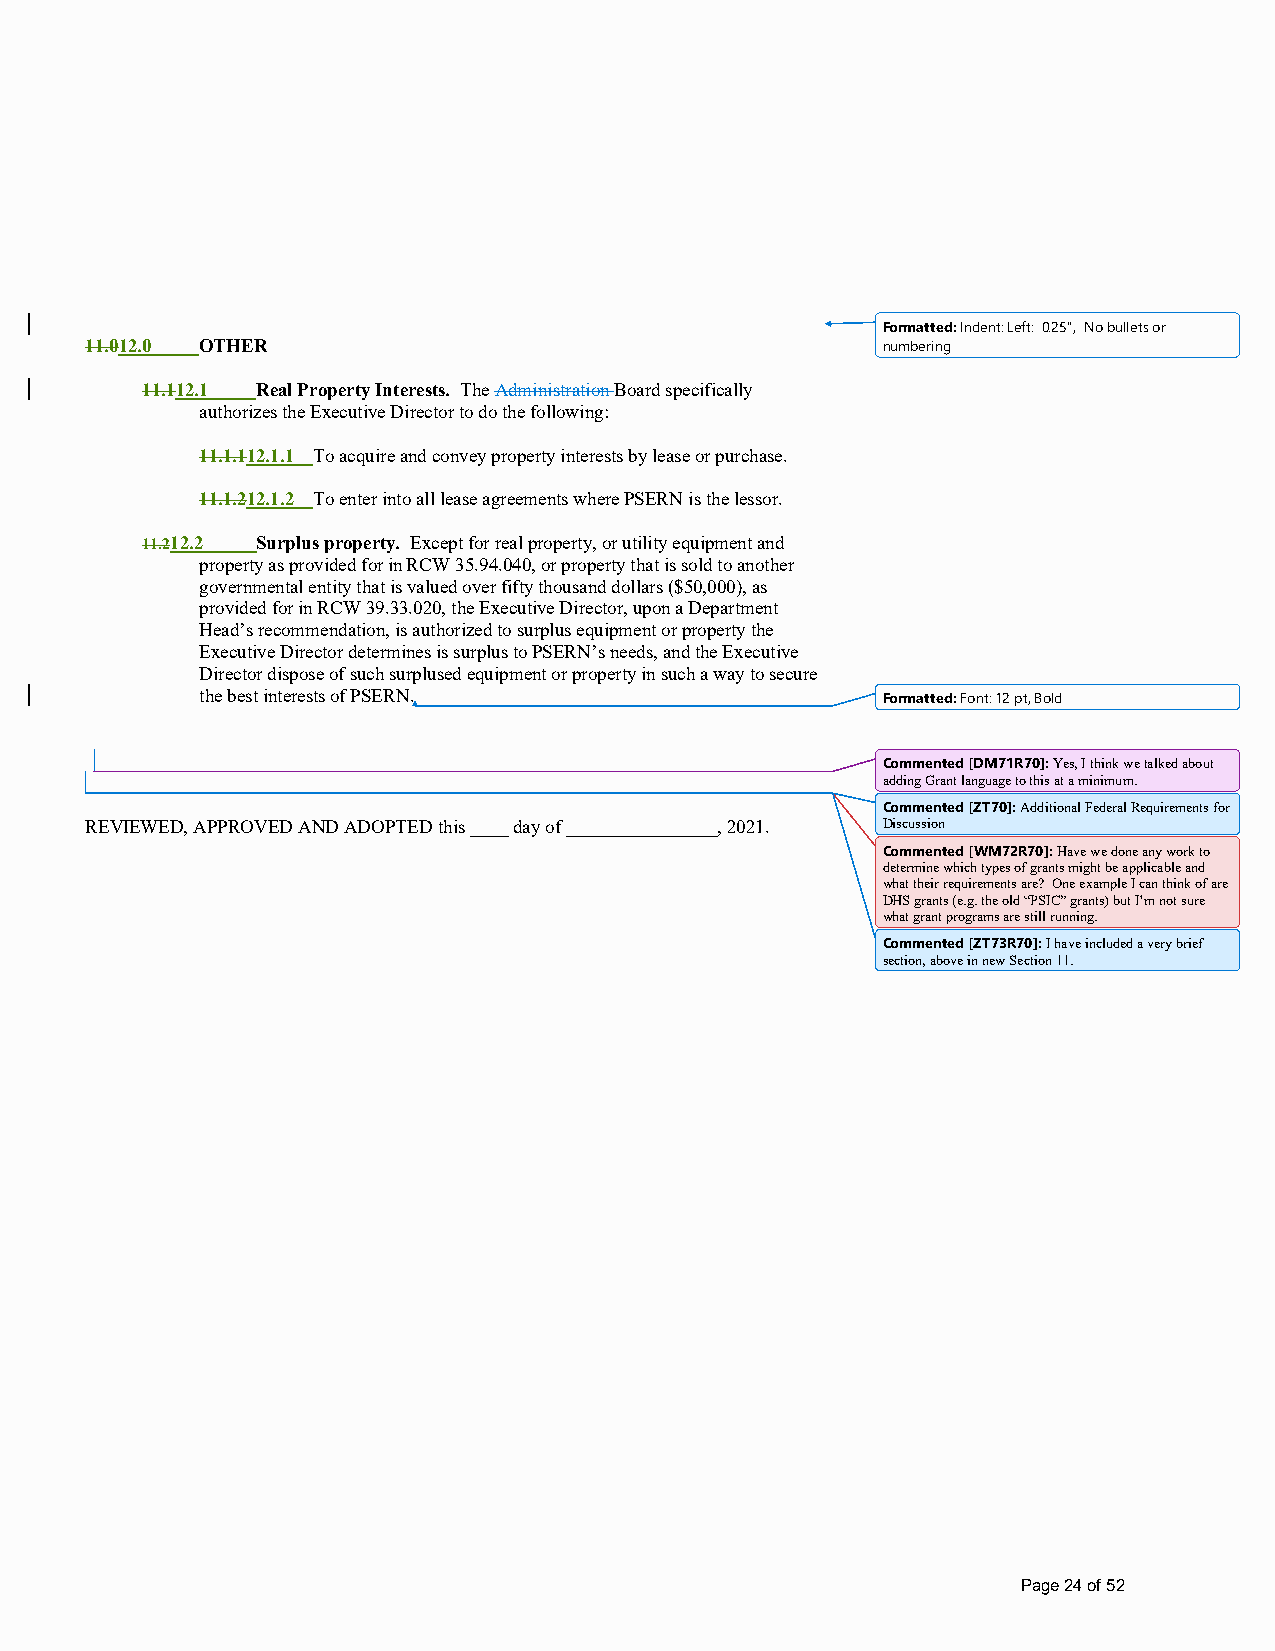
Formatted: Indent: Left: 0.25", No bullets or
 11.012.0 OTHER                                      numbering
 11.112.1 Real Property Interests. The Administration Board specifically
 authorizes the Executive Director to do the following:
 11.1.112.1.1 To acquire and convey property interests by lease or purchase.
 11.1.212.1.2 To enter into all lease agreements where PSERN is the lessor.
 11.212.2 Surplus property. Except for real property, or utility equipment and
 property as provided for in RCW 35.94.040, or property that is sold to another
 governmental entity that is valued over fifty thousand dollars ($50,000), as
 provided for in RCW 39.33.020, the Executive Director, upon a Department
 Head’s recommendation, is authorized to surplus equipment or property the
 Executive Director determines is surplus to PSERN’s needs, and the Executive
 Director dispose of such surplused equipment or property in such a way to secure
 the best interests of PSERN.                 Formatted: Font: 12 pt, Bold
 Commented [DM71R70]: Yes, I think we talked about
 adding Grant language to this at a minimum.
 Commented [ZT70]: Additional Federal Requirements for
 REVIEWED, APPROVED AND ADOPTED this ____ day of ________________, 2021. Discussion
 Commented [WM72R70]: Have we done any work to
 determine which types of grants might be applicable and
 what their requirements are? One example I can think of are
 DHS grants (e.g. the old “PSIC” grants) but I’m not sure
 what grant programs are still running.
 Commented [ZT73R70]: I have included a very brief
 section, above in new Section 11.
 Page 24 of 52